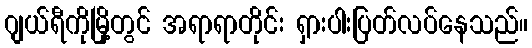
ဂျယ်ရီကိုမြို့တွင် အရာရာတိုင်း ရှားပါးပြတ်လပ်နေသည်။